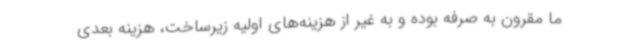
ما مقرون به صرفه بوده و به غیر از هزینه‌های اولیه زیرساخت، هزینه بعدی